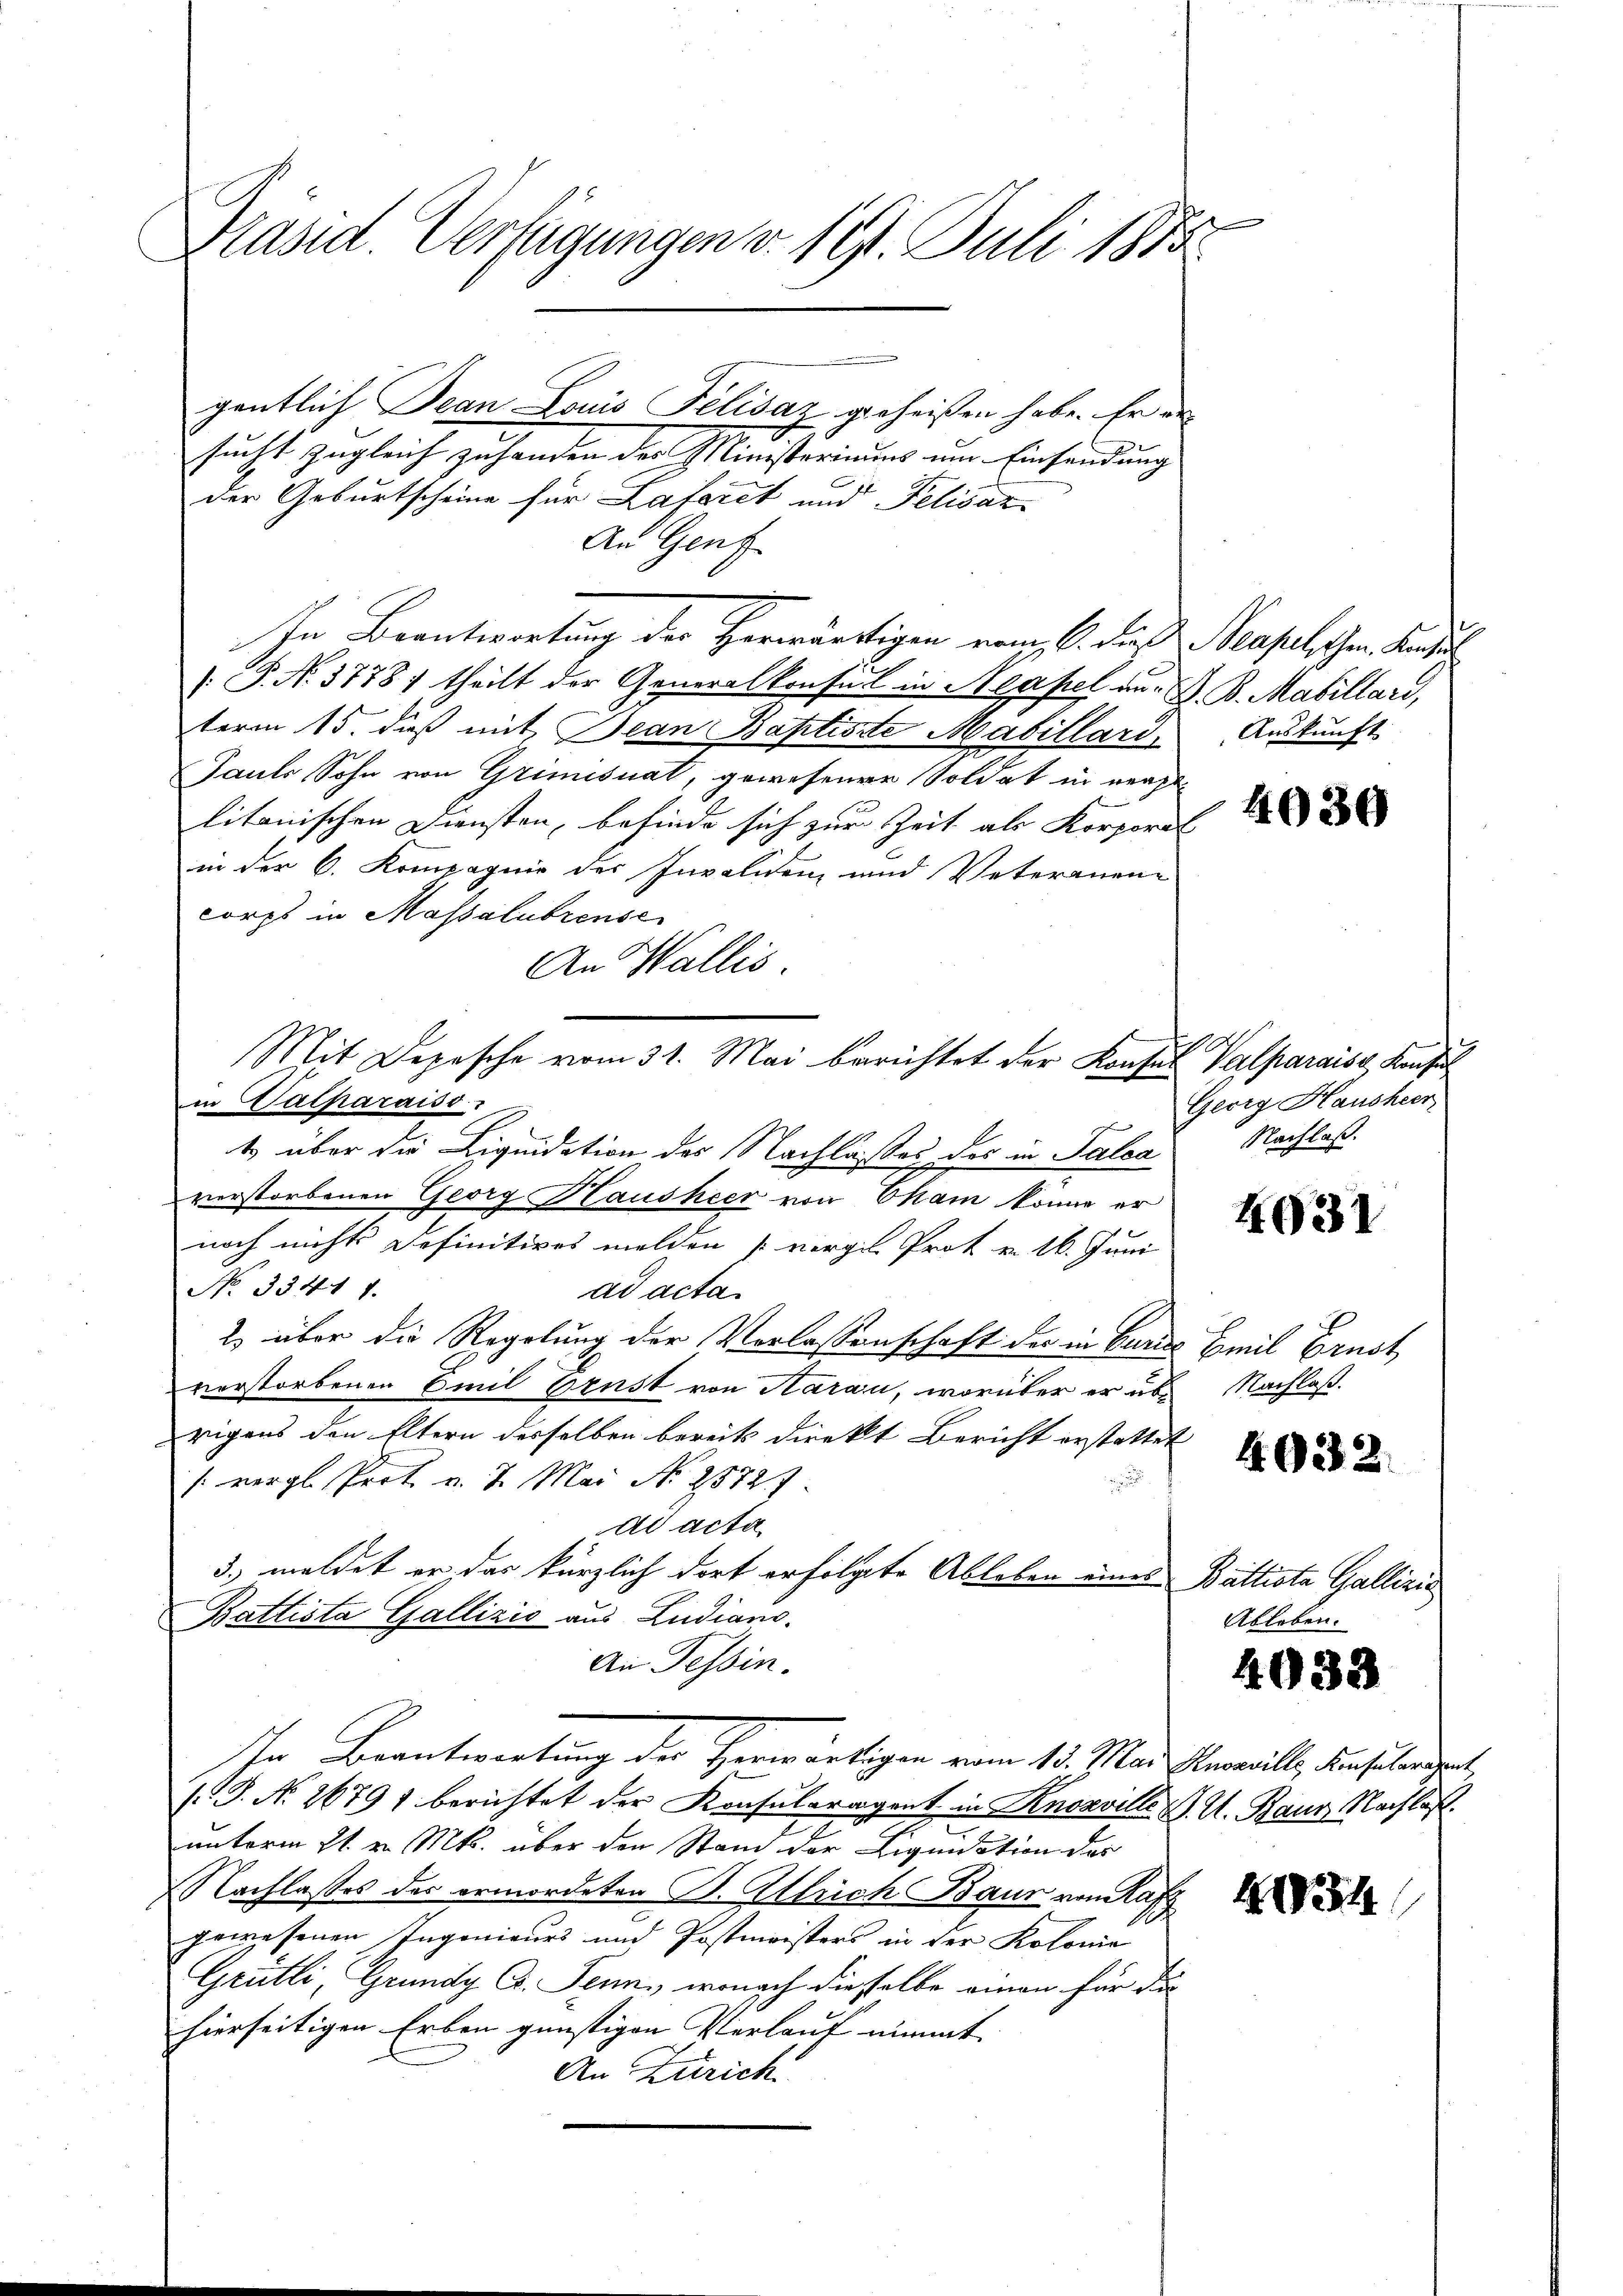
e
Präsid. Verfügungen v. 191. Juli 1875

gentlich Jean Louis Felisaz geheißen habe. Er ersucht zugleich zu handen der Ministeriums um Einsendung
der Geburtscheine für Laforet und Felisaz
An Genf
In Beantwortung der Herwärtigen vom 16. das Neapel gen. Kuns
 P. N. 3778) theilt der Generalkonseil in Neapel an. G. B. Matillard,
term 15. dieß mit Bean Baptiste Mabillari
Gauts Sohn von Grimisuat, gewesener Soldat in eracht
litanischen Diensten, befinde sich zur Zeit als Korporat
in der 6. Kompagnie des Invalidenz und Veternen-
corps in Massalubrensc
An Wallis.
in Halparaiso
t über die Liquidation des Nachlaßes des in Falca
verstorbenen Georg Hausheer von Cham könne er
noch nichts Definitives melden vergl. Prot v. 16. Juni
No. 33411.
ad acta.
2 über die Regelung der Verlassenschaft der in Carus Emil Brust,
verstorbenen Emil Brust von Haran, worüber er abrigens den Eltern derselben bereits direkt Bericht erstattet
/. vergl. Prof. v. 7. Mai No 2872.

dd acta
3. meldet er das kürzlich dort erfolgte Ableben eines Battista Gallizić
Battista Gallizis aus Ludians.
An Tessin.
In Beantwortung der Herwärtigen vom 15. Mai Knorrill, denselenden
(G. No 2679/ berichtet der Konsuleragent in Knosville u. U. Baur Nachlaßt.
unterm 21. v. Mts. über den Stand der Liquidation des
Nachlasses der ermordeten B. Allrich Baur vom Rafz
gewesenen Ingenieurs und Postmeisters in der Kolonie
Grütli, Grundy Co. Senn, wonach dieselbe einen für die
hierseitigen Erben günstigen Verlauf nimmt
An Zürich

Mit Depesche vom 31. Mai berichtet der Konses Valparaiss, Konsul

Auskunft

4030

I
Georg Hausheer
Nachlaß.

4031

Nachlaß.

4932.

Ableben.

4033

434